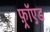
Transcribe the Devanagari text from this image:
फ़्रॉएड